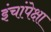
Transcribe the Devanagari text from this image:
इंचांपेक्षा